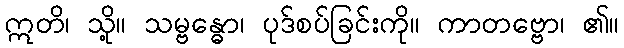
ဣတိ၊ သို့။ သမ္ဗန္ဓော၊ ပုဒ်စပ်ခြင်းကို။ ကာတဗ္ဗော၊ ၏။